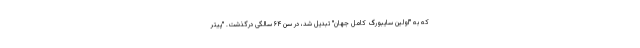
که به "اولین سایبورگ کامل جهان" تبدیل شد، در سن ۶۴ سالگی درگذشت. "پیتر